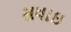
સધાઇ